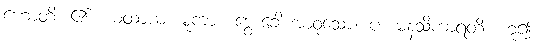
ဟောတိ၊ ၏။ ယထာယ၊ မူကား။ ဒွေ ခေါ အာဝုသော။ ပ။ မနသိကာရတိ၊ ဟူ၍။